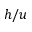
h / u